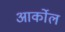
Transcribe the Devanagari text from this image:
आर्कोल